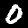
Digit: 0